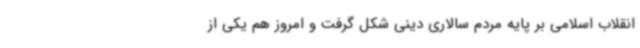
انقلاب اسلامی بر پایه مردم سالاری دینی شکل گرفت و امروز هم یکی از